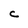
Character: C